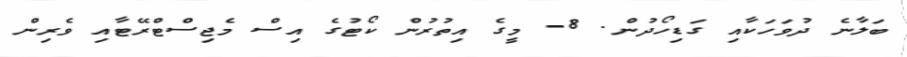
ބަލާނެ ދުވަހަކާއި ގަޑިހޯދުން. 8- މީގެ އިތުރުން ކޯޓުގެ އިސް މެޖިސްޓްރޭޓާއި ވެރިން